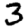
Digit: 3